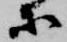
等